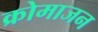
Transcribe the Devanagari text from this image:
क्रोमाजन